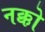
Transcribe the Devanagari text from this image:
नक्को